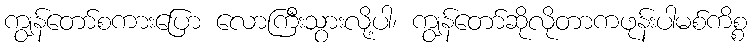
ကျွန်တော်စကားပြော လောကြီးသွားလို့ပါ၊ ကျွန်တော်ဆိုလိုတာကဖုန်းပါမစ်ကိစ္စ